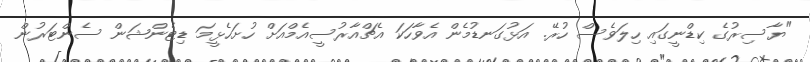
"ޔާސިރުގެ ކިޑްނީގައި ހިލަވެސް ހުރޭ. އަޅުގަނޑުމެން އެވާހަކަ އެޗްއާރުސީއެމްއަށް ހުށަހެޅީމަ ޑިޓެންޝަން ސެންޓަރުން